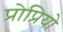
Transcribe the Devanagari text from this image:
प्रोप्रियो